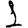
Digit: 1